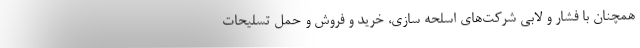
همچنان با فشار و لابی شرکت‌های اسلحه سازی، خرید و فروش و حمل تسلیحات